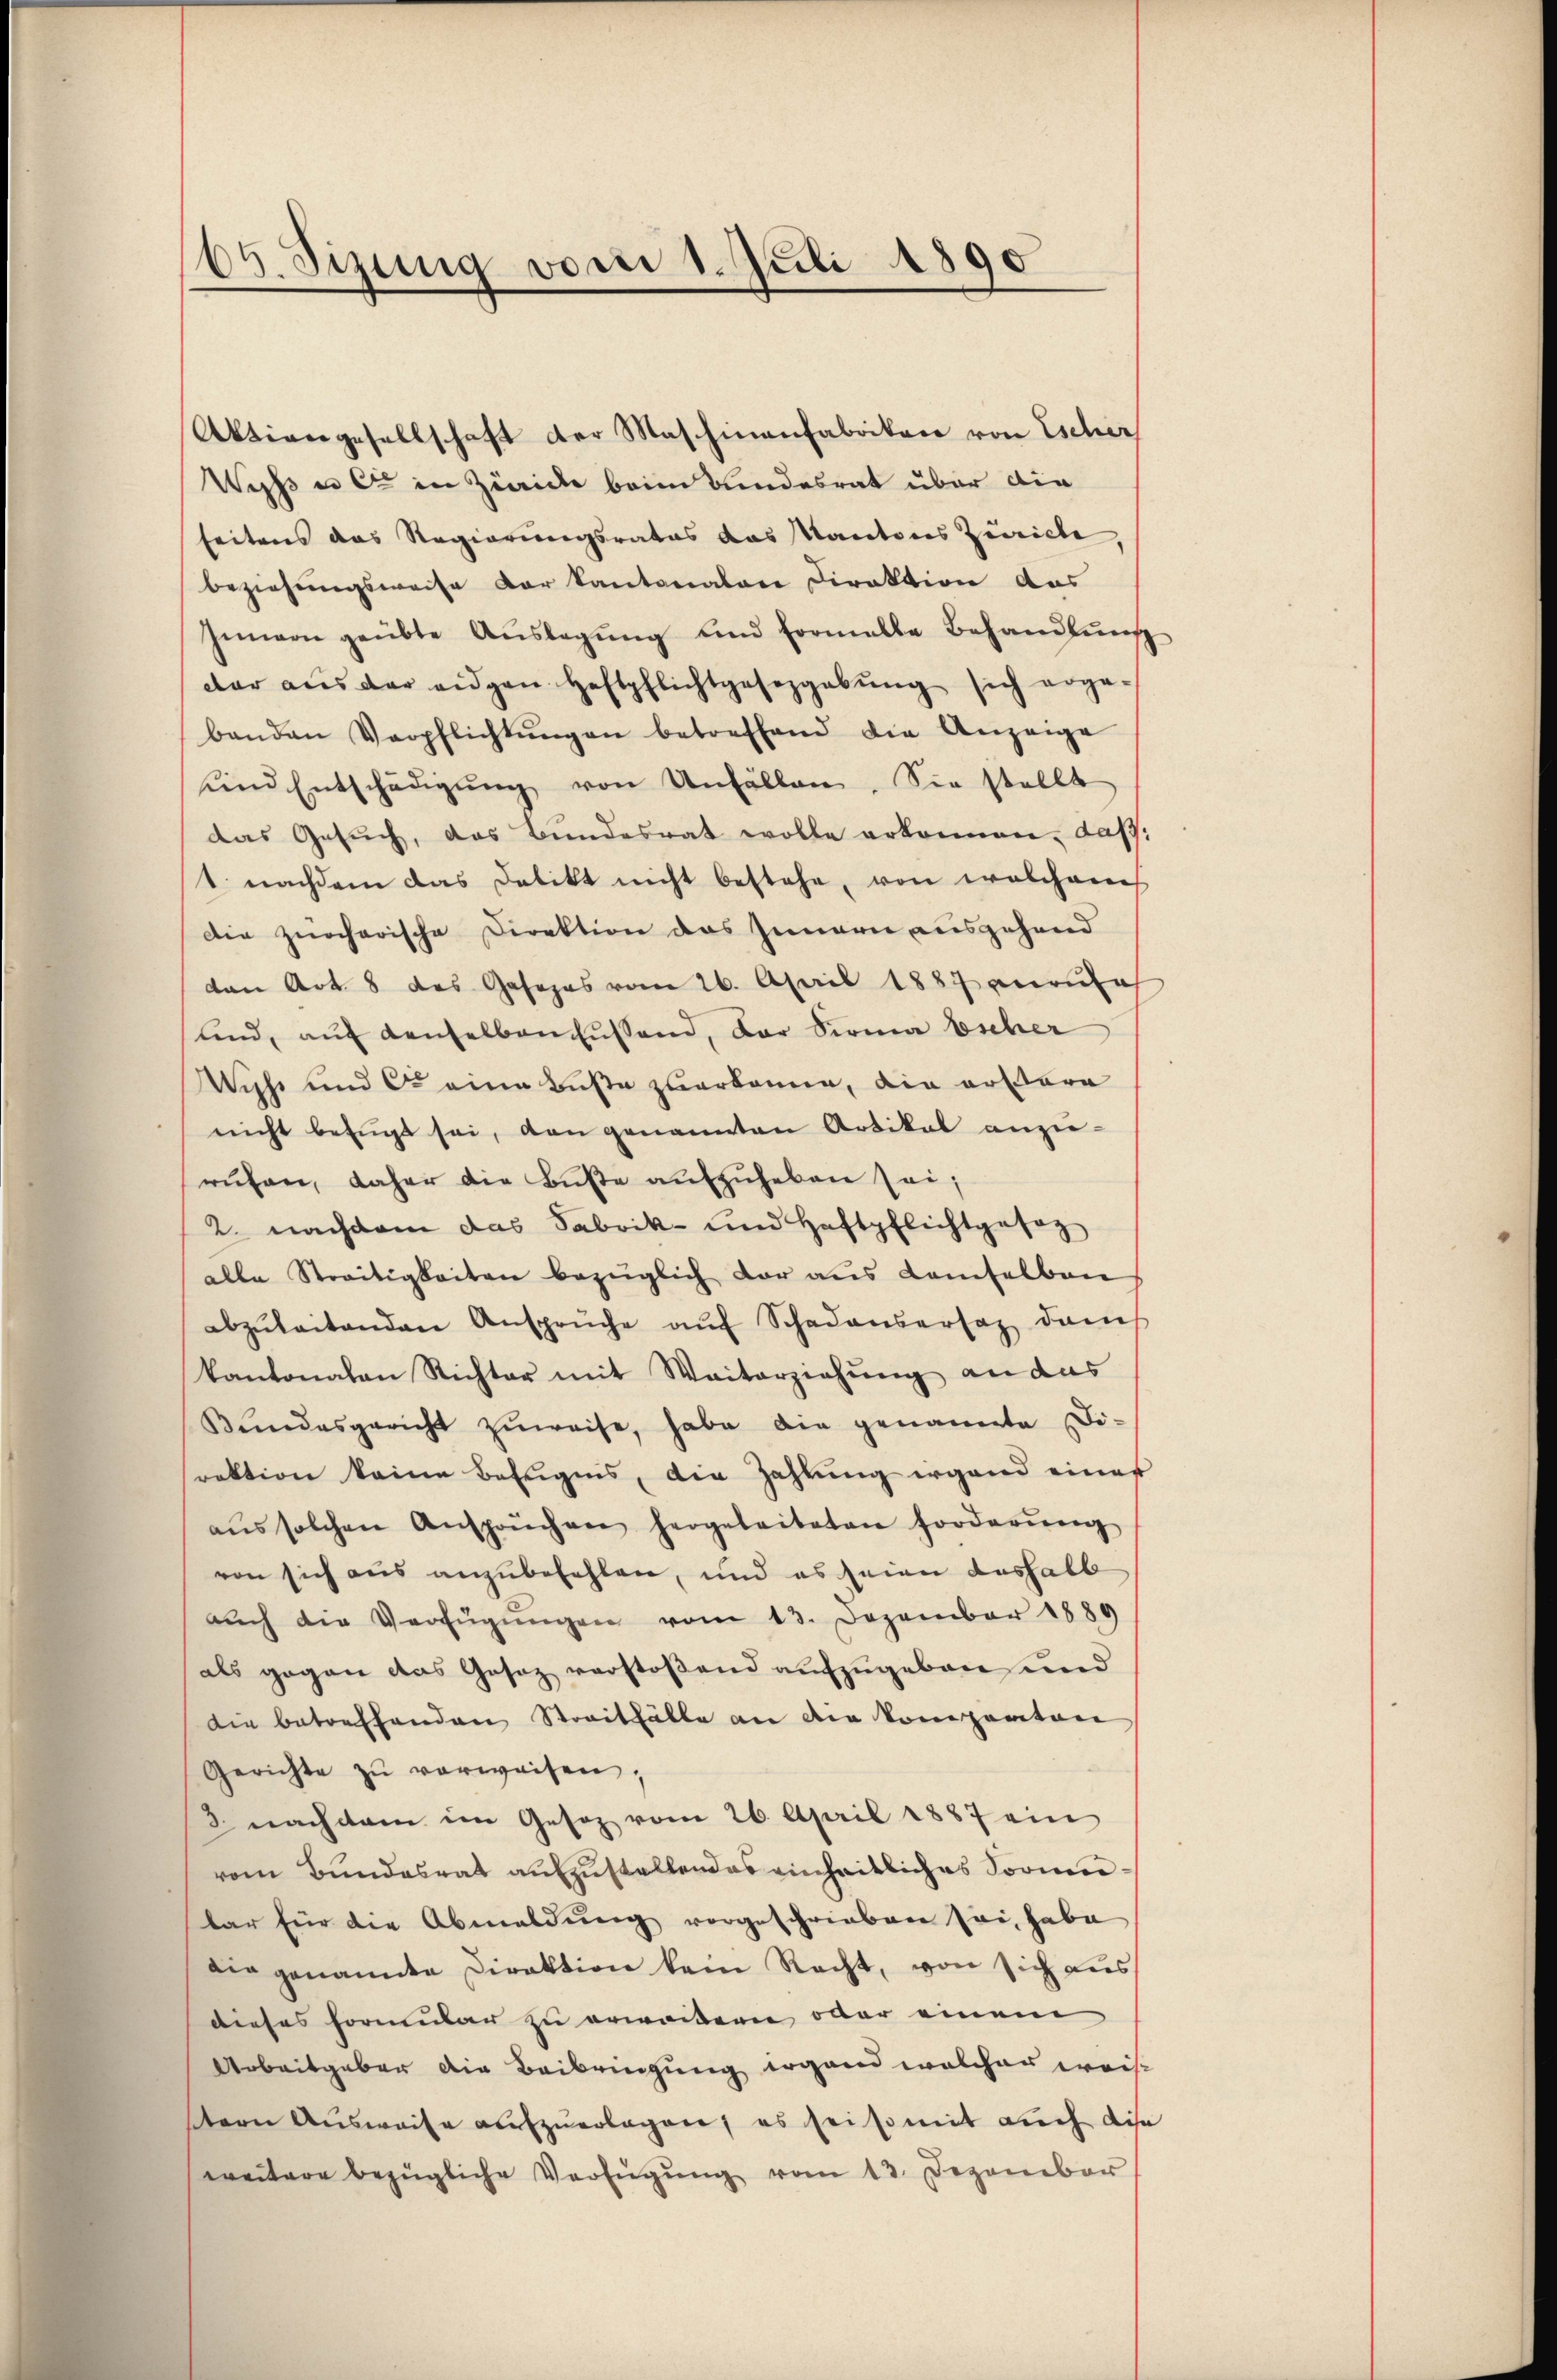
65. Sizung vom 1. Juli 1890

Wyss es et in Zwicke beim Bundesrat über die
seitens das Regierungsrates das Kantons Zürich,
beziehungsweise der Kantonalere Direktion das
Innern geübte Aŭslegung und Formelle Behandlung
dar aus der eidgen Haftpflichtgesezgabŭng sich erge-
banden Verpflichtŭngen betreffend die Anzeige
sind Entschädigŭng von Unfällen. Sie stellt
das Gesuch, das Bundesrat wolle erkennen, das
1. nachdem das Delikt nicht bestehe, von welchem
Die zürcherische Direktion des Innern ausgehend
von Art. 8 des Gasopas vom 26. April 1887 anrufe
und, aŭf denselben hüssend, der Firma Escher
Wichs und C. eine Buße zuerkanne, die erstera
nicht befŭgt sei, den genannten Artikal anzu-
rŭfen, daher die Bŭβe aŭfzŭheben sei;
2. nachdem das Fabrik- und Haftpflichtgesag
alle Streitigkeiten bezüglich dar aus Lamselben
abzŭleitenden Ansprüche aŭf Schadensersatz dans
kantonalen Richter mit Weiterziehung an das
Kŭndesgericht zŭweise, habe die genannte Di-
srektion keine Befugnis, die Zahlung irgend einer
aŭs solchen Ansprüchen hergeleiteten forderŭng
von sich aus anzubefehlen, und es seien deshalb
aŭch die Verfügŭngen vom 13. Dezember 1889
als gegen das Gesez verstoßend aufzugeben und
die betreffenden Streitfälle an die Kompanton
Gerichte zŭ verweisen,
3. nachdem im Gesez vom 26. April 1887 ein
vom Bundesrat aufzustellendes einheitliches Sonnlar für die Abmeldung vorgeschrieben sei, habe
Dirgenande Direktion kein Recht, von sich aus
dieses Formular zu erweitern oder einem
Arbeitgaber die Beibringung irgend welcher weis
tern Ausweise aufzuerlagen; es sei so mit auch die
weitere bezügliche Verfügŭng vom 13. Dezember

Aktiengesellschaft der Maschinenfabrikon von Escher